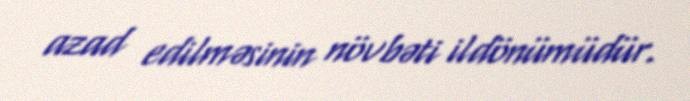
azad edilməsinin növbəti ildönümüdür.